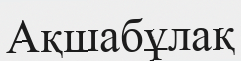
Ақшабұлақ